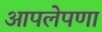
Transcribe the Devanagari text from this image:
आपलेपणा